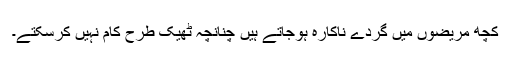
کچھ مریضوں میں گردے ناکارہ ہوجاتے ہیں چنانچہ ٹھیک طرح کام نہیں کرسکتے۔